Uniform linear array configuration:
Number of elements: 4
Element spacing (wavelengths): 0.5
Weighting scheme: blackman
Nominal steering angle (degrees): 30
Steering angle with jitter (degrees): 30.643
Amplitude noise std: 0.05
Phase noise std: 0.05

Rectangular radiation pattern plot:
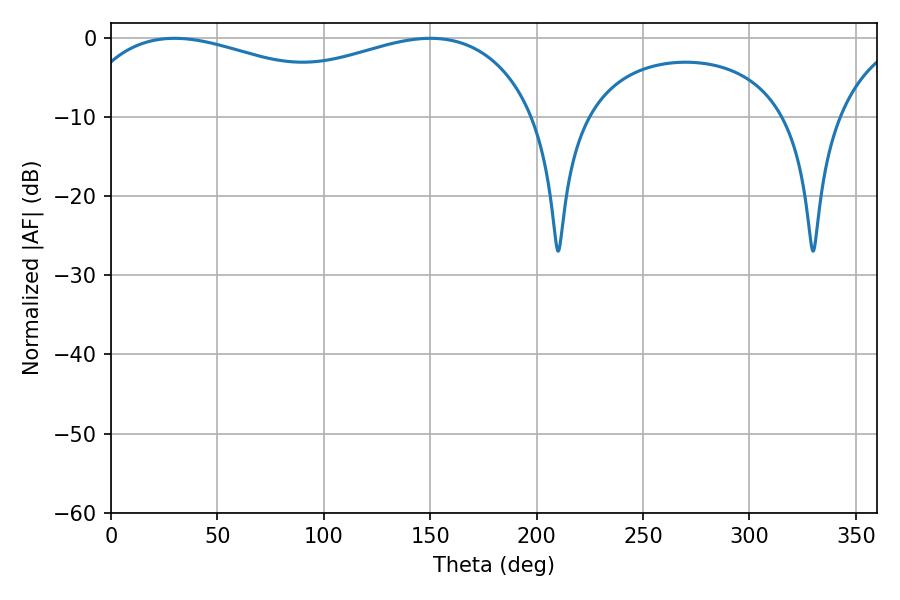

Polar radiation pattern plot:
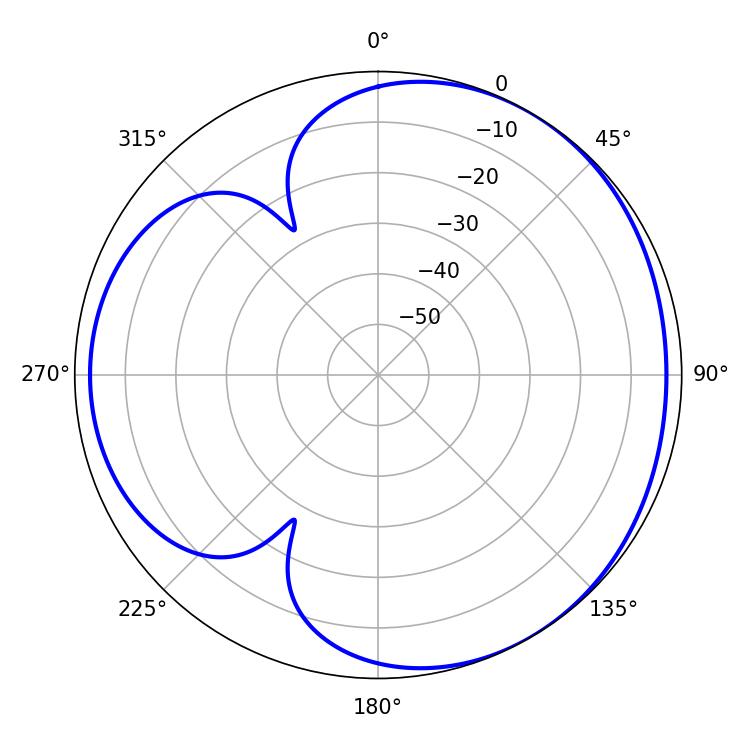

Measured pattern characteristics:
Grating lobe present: FALSE
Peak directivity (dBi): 3.505
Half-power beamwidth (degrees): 87.48
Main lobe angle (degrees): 29.88